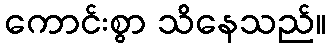
ကောင်းစွာ သိနေသည်။